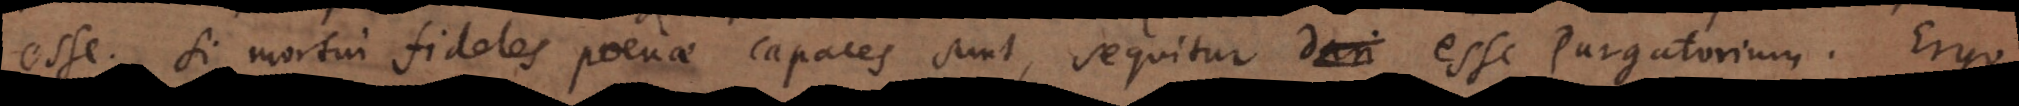
esse. Si mortui fideles poenae capaces sunt, sequitur esse Purgatorium. Ergo